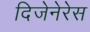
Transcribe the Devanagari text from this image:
दिजेनेरेस